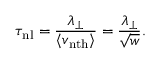
\tau _ { \mathrm { n l } } = \frac { \lambda _ { \perp } } { \langle v _ { \mathrm { n t h } } \rangle } = \frac { \lambda _ { \perp } } { \sqrt { w } } .